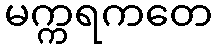
မက္ကရကတေ